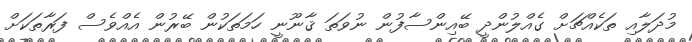
މުދަލާއި ތަކެއްޗަށް ގެއްލުންދީ ބޭއިންސާފުން ނުވަތަ ޤާނޫނީ ހަމަތަކުން ބޭރުން އެއްވެސް ފަރާތަކަށް